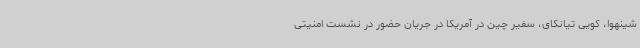
شینهوا، کویی تیانکای، سفیر چین در آمریکا در جریان حضور در نشست امنیتی